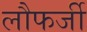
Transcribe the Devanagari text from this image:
लौफर्जी